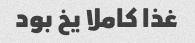
غذا کاملا یخ بود